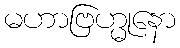
မဟာဗြဟ္မုနော